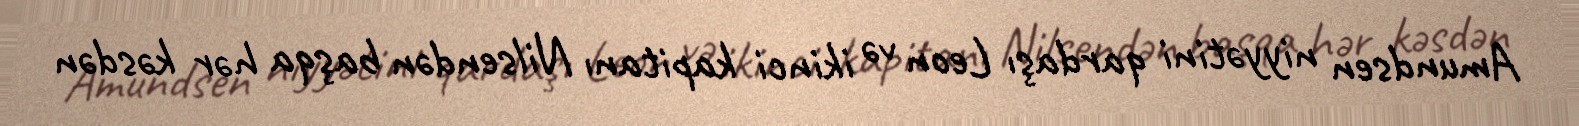
Amundsen niyyətini qardaşı Leon və ikinci kapitanı Nilsendən başqa hər kəsdən